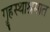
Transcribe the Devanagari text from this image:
गॄहस्थाश्रमात